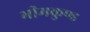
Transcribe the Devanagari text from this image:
भीमकुण्ड